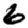
Digit: 6